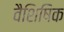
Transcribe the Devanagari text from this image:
वैशिषिक